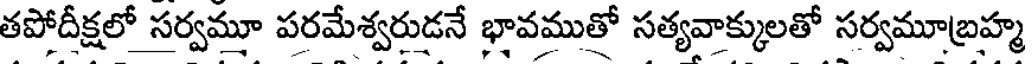
తపోదీక్షలో సర్వమూ పరమేశ్వరుడనే భావముతో సత్యవాక్కులతో సర్వమూబ్రహ్మ